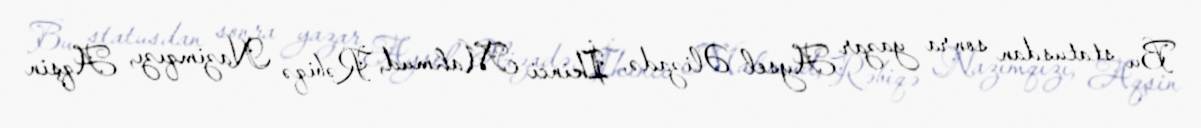
Bu statusdan sonra yazar Aysel Əlizadə, İkinci Mahmud, Rəbiqə Nazimqızı, Aqşin